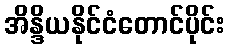
အိန္ဒိယနိုင်ငံတောင်ပိုင်း